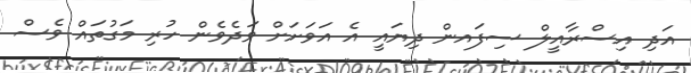
އަދި އިސްރާއީލް ސިފައން ދިޔައީ އެ އަވަށަށް ވަދެވެން ހުރި މަގުތައް ވެސް